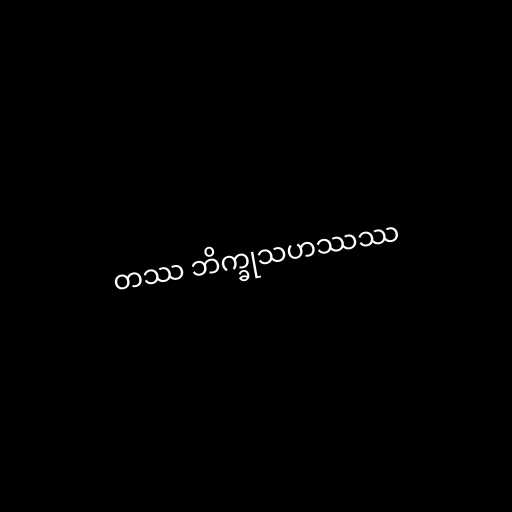
တဿ ဘိက္ခုသဟဿဿ